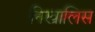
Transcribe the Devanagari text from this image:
निखालिस